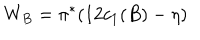
LaTeX: W _ { B } = \pi ^ { * } ( 1 2 c _ { 1 } ( B ) - \eta )